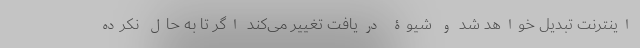
اینترنت تبدیل خواهد شد و شیوۀ دریافت تغییر می‌کند اگر تا به حال نکرده